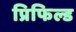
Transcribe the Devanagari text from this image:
प्रिफिल्ड